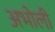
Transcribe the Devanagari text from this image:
अभोली